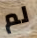
لم